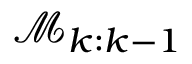
\mathcal { M } _ { k : k - 1 }